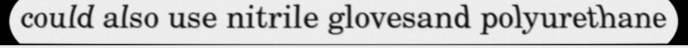
could also use nitrile glovesand polyurethane